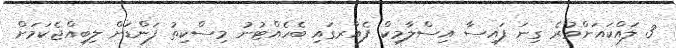
3 ލައްކައަށްވުރެ ގިނަ ފައިސާ އިސްލާމިކް ފެއާރގައި ބެހެއްޓުނު މިސްކިތު ފަންޑަށް ލިބިއްޖެކަމަށް